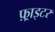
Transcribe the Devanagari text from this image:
फ़्राइटर